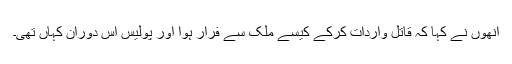
انھوں نے کہا کہ قاتل واردات کرکے کیسے ملک سے فرار ہوا اور پولیس اس دوران کہاں تھی۔